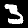
Digit: 3